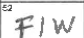
Transcription: FIW